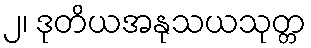
၂၊ ဒုတိယအနုသယသုတ္တ